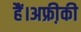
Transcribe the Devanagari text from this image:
हैं।अफ्री़की